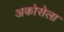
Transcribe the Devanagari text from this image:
अकोसेला